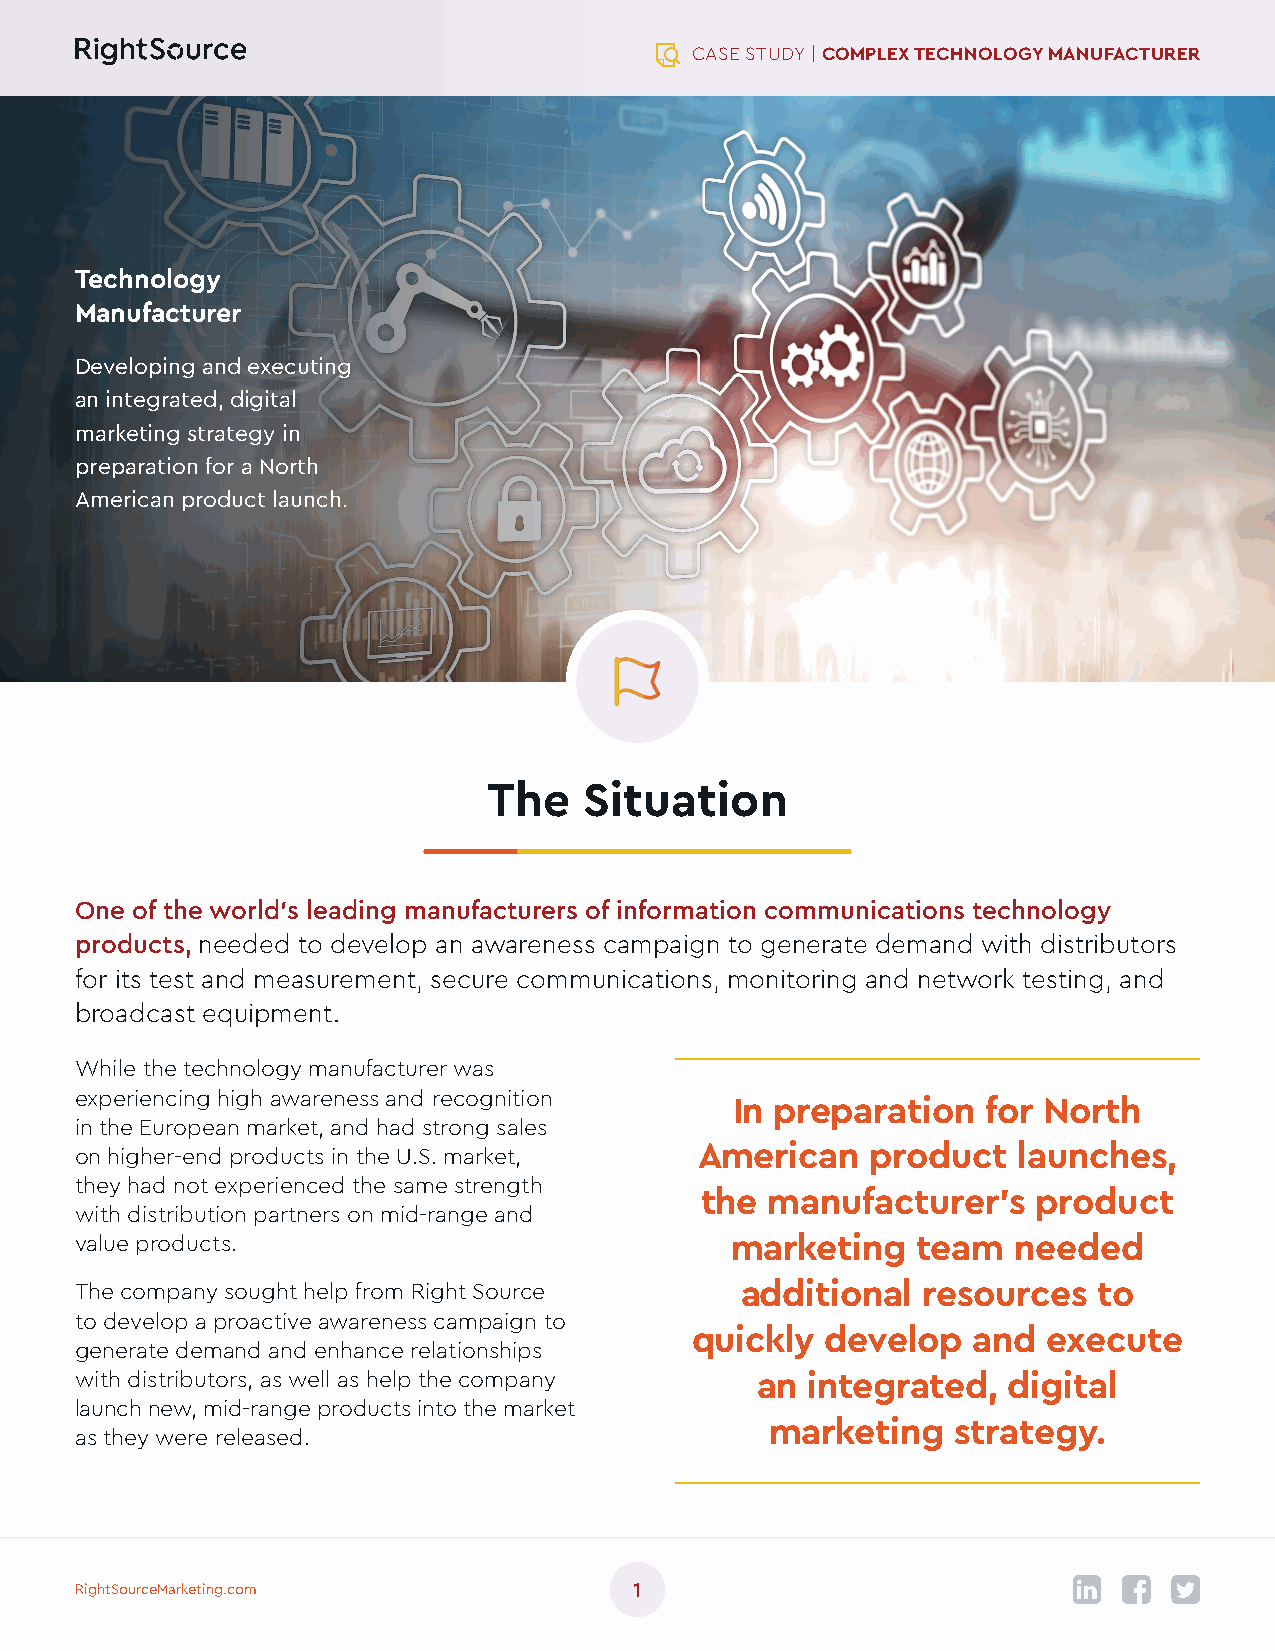
CASE STUDY | COMPLEX TECHNOLOGY MANUFACTURER
 Technology
 Manufacturer
 Developing and executing
 an integrated, digital
 marketing strategy in
 preparation for a North
 American product launch.
 The    Situation
 One of the world’s leading manufacturers of information communications technology
 products, needed to develop an awareness campaign to generate demand with distributors
 for its test and measurement, secure communications, monitoring and network testing, and
 broadcast equipment.
 While the technology manufacturer was
 experiencing high awareness and recognition
 In preparation  for North
 in the European market, and had strong sales
 on higher-end products in the U.S. market, American  product  launches,
 they had not experienced the same strength
 the  manufacturer’s    product
 with distribution partners on mid-range and
 value products.                            marketing    team  needed
 The company sought help from Right Source   additional  resources   to
 to develop a proactive awareness campaign to
 quickly  develop  and  execute
 generate demand and enhance relationships
 with distributors, as well as help the company an integrated, digital
 launch new, mid-range products into the market
 marketing   strategy.
 as they were released.
 RightSourceMarketing.com             1